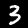
Label: 3